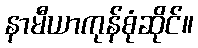
နာမီယာကုန်စုံဆိုင်။